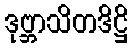
ဒုဗ္ဘာသိတဒိဋ္ဌိ